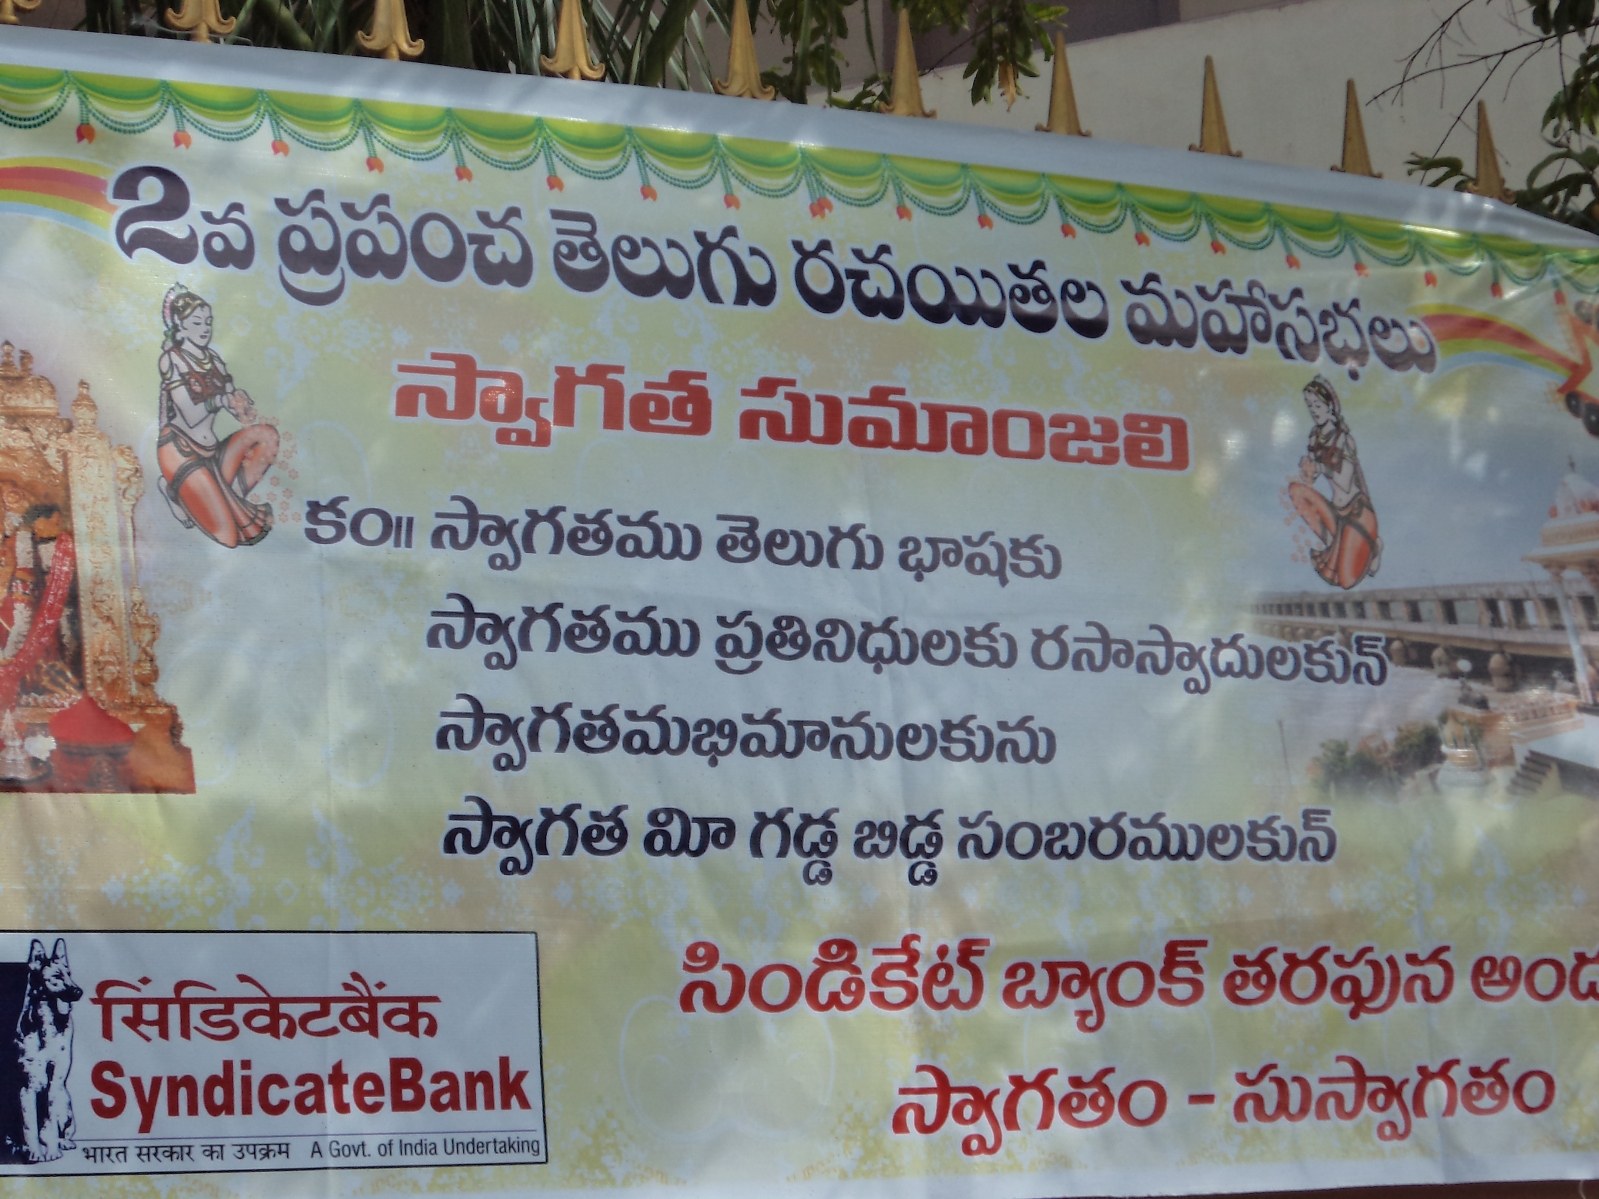
Language: telugu
Transcription: భాషకు తరపున ప్రపంచ తెలుగు రచయితల మహాసభలు స్వాగత సుమాంజలి తెలుగు స్వాగతము ప్రతినిధులకు రసాస్వాదులకున్ బిడ్డ సంబరములకున్ సిండికేట్ బ్యాంక్ అంద గడ్డ స్వాగతము స్వాగత స్వాగతామభిమానులకును స్వాగతం